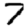
Digit: 7